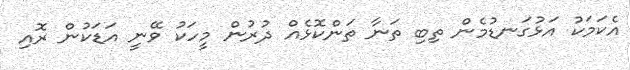
އެކަމަކު އަޅުގަނޑުމެން ތިބި ތަނާ ތަންކޮޅެއް ދުރުން މީހަކު ވޭނީ އަޑަކުން ރޮއި